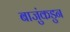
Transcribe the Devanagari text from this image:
बाजुंकडुन